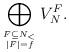
LaTeX: \begin{align*}\bigoplus_{F\subseteq N_<\atop |F|=f} V_N^F.\end{align*}